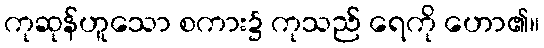
ကုဆုန်ဟူသော စကား၌ ကုသည် ရေကို ဟော၏။